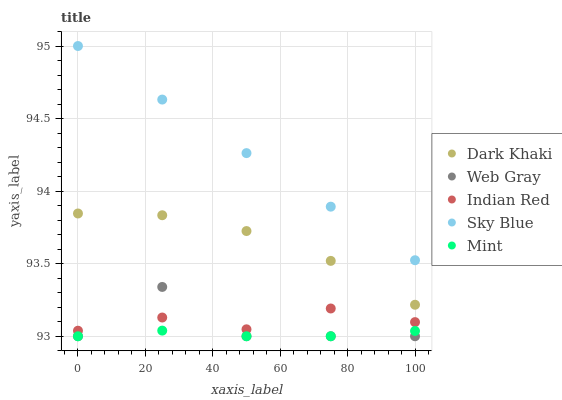
| xaxis_label | Dark Khaki | Web Gray | Indian Red | Sky Blue | Mint |
 | --- | --- | --- | --- | --- | --- |
 | 0 | 93.8 | 93 | 93 | 95 | 93 |
 | 25 | 93.8 | 93.3 | 93.1 | 94.6 | 93 |
 | 50 | 93.7 | 93 | 93 | 94.3 | 93 |
 | 75 | 93.5 | 93 | 93.2 | 93.9 | 93 |
 | 100 | 93.2 | 93 | 93.1 | 93.5 | 93 |